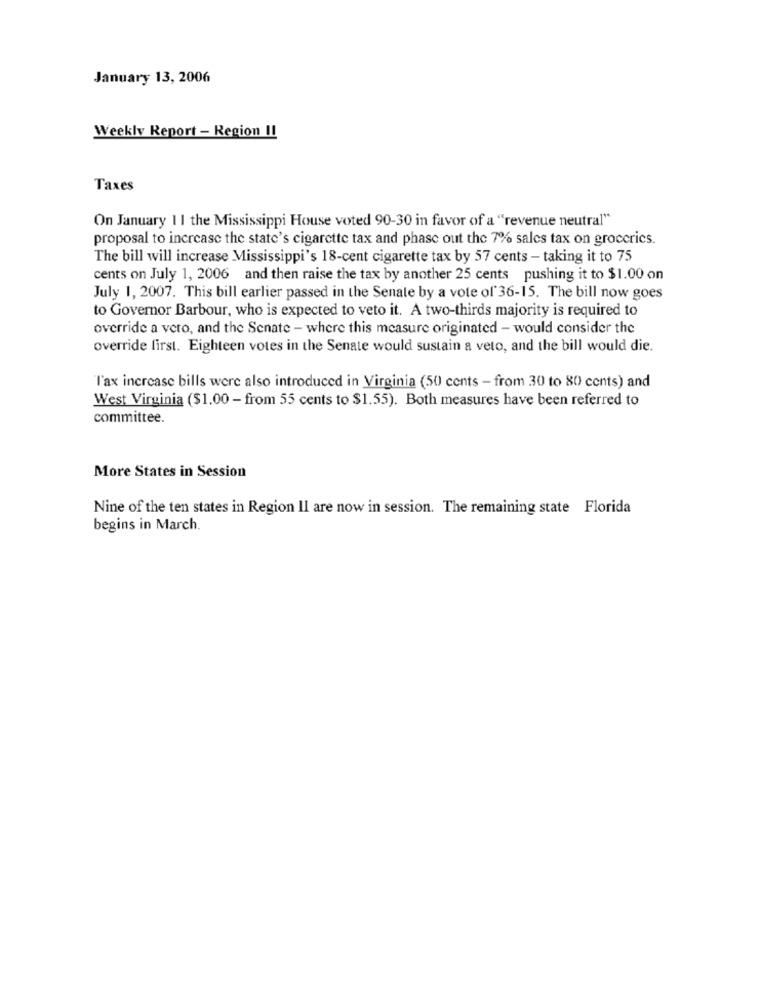
January 13, 2006
Weekly Report - Region II
Taxes
On January 11 the Mississippi House voted 90-30 in favor of a "revenue neutral"
proposal to increase the state's cigarette tax and phase out the 7% sales tax on groceries.
The bill will increase Mississippi's 18-cent cigarette tax by 57 cents - taking it to 75
cents on July 1, 2006 and then raise the tax by another 25 cents pushing it to $1.00 on
July 1, 2007. This bill earlier passed in the Senate by a vote of 36-15. The bill now goes
to Governor Barbour, who is expected to veto it. A two-thirds majority is required to
override a vero, and the Senate - where this measure originated - would consider the
override first. Eighteen votes in the Senate would sustain a veto, and the bill would die.
l'ax increase bills were also introduced in Virginia (50 cents - from 30 to 80 cents) and
West Virginia ($1.00 - from 55 cents to $1.55). Both measures have been referred to
committee.
More States in Session
Nine of the ten states in Region Il are now in session. The remaining state Florida
begins in March.